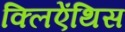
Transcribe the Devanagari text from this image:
क्लिऐंथिस